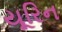
યૂરિન